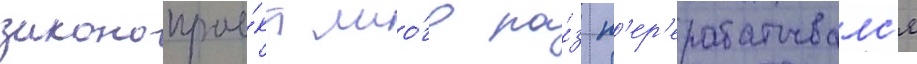
законопрое́кт мно́го ра́з п'ер'ерабатывалс'я